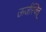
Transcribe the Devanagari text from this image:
ऊर्जस्वित्